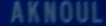
AKNOUL